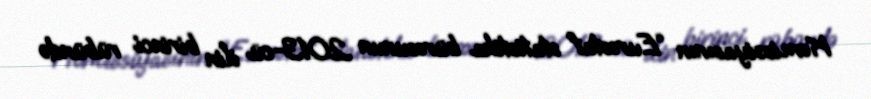
Komissiyasının “Eurostat” statistika bürosunun 2013-cü ilin birinci rübündə